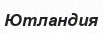
Ютландия